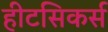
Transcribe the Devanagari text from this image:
हीटसिकर्स